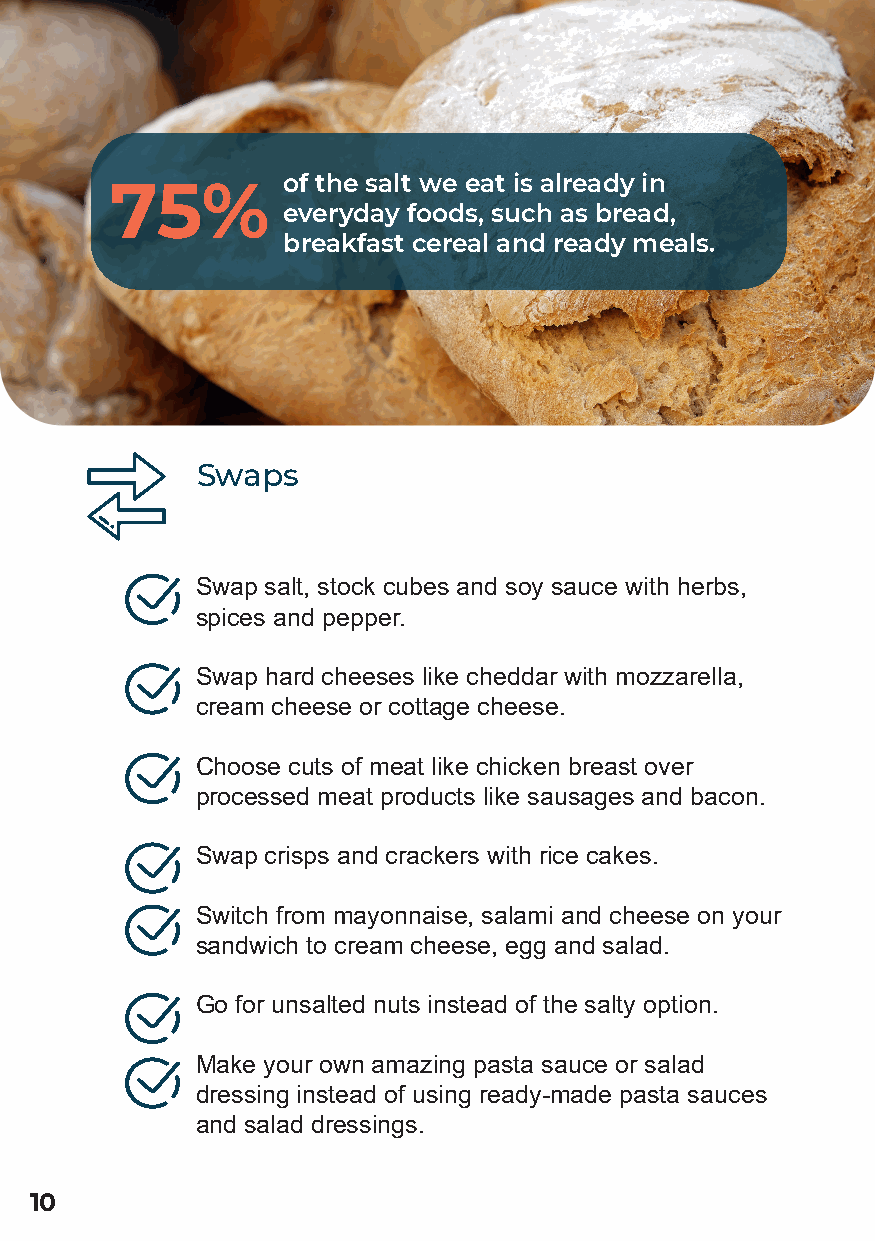
of the salt we eat is already in
 75%
 everyday foods, such as bread,
 breakfast cereal and ready meals.
 Swaps
 Swap salt, stock cubes and soy sauce with herbs,
 spices and pepper.
 Swap hard cheeses like cheddar with mozzarella,
 cream cheese or cottage cheese.
 Choose cuts of meat like chicken breast over
 processed meat products like sausages and bacon.
 Swap crisps and crackers with rice cakes.
 Switch from mayonnaise, salami and cheese on your
 sandwich to cream cheese, egg and salad.
 Go for unsalted nuts instead of the salty option.
 Make your own amazing pasta sauce or salad
 dressing instead of using ready-made pasta sauces
 and salad dressings.
 10